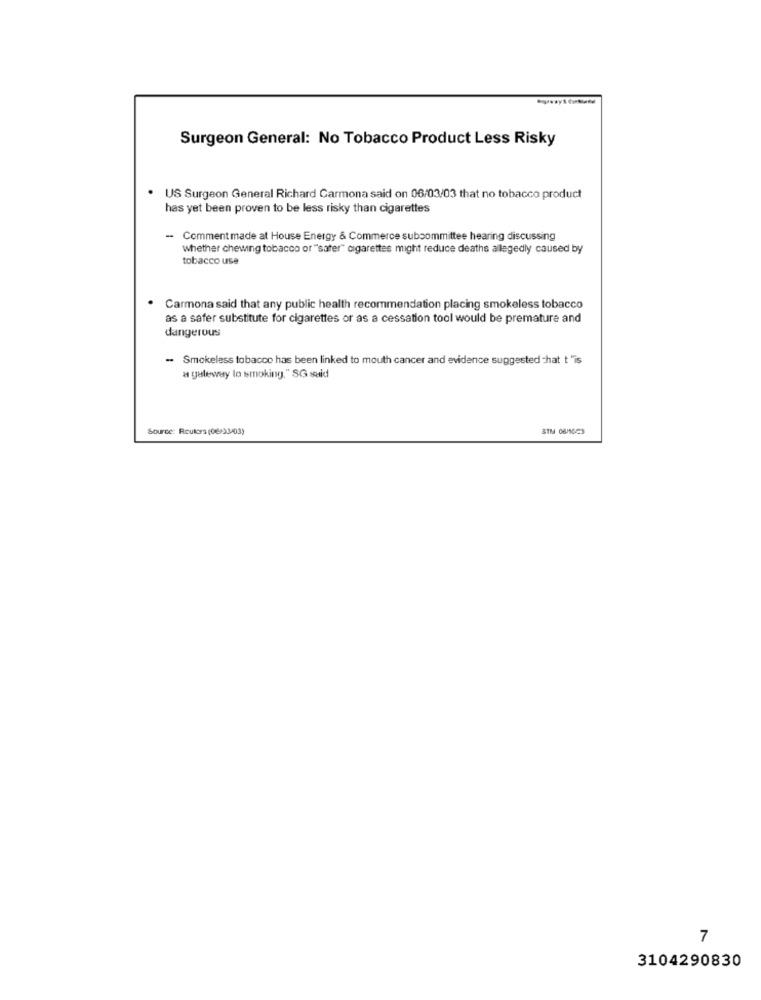
Surgeon General: No Tobacco Product Less Risky
US Surgeon General Richard Carmona said on 06/03/03 that no tobacco product
has yet been proven to be less risky than cigarettes
- Comment made at House Energy & Commerce suboommittee hearing discussing
Whether chewing tobacco or "sater" cigarettes might reduce deaths allegedly caused by
tobacco usa
Carmona said that any public health recommendation placing smokeless tobacco
as a safer substitute for cigarettes or as a cessation tool would be premature and
dangerous
- Smokeless tobacco has been linked to mouth cancer and evidence suggested that t "is
a gateway lo smoking, " SG said
Source: Reuters (06/93/03)
7
3104290830